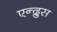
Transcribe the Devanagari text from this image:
एन्द्रुस